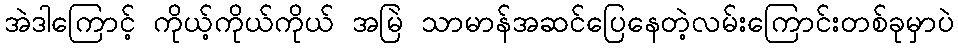
အဲဒါကြောင့် ကိုယ့်ကိုယ်ကိုယ် အမြဲ သာမာန်အဆင်ပြေနေတဲ့လမ်းကြောင်းတစ်ခုမှာပဲ